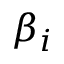
\beta _ { i }